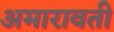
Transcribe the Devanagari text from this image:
अमारावती